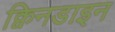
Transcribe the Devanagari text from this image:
क्विनडाइन